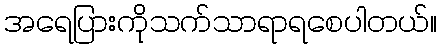
အရေပြားကိုသက်သာရာရစေပါတယ်။